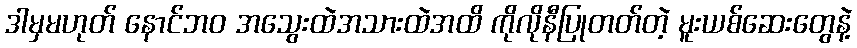
ဒါမှမဟုတ် နောင်ဘဝ အသွေးထဲအသားထဲအထိ ကိုလိုနီပြုတတ်တဲ့ မူးယစ်ဆေးတွေနဲ့